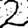
Digit: 2